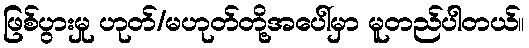
ဖြစ်ပွားမှု ဟုတ်/မဟုတ်တို့အပေါ်မှာ မူတည်ပါတယ်။